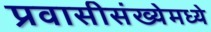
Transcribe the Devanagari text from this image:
प्रवासीसंख्येमध्ये